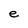
Character: e